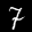
Label: 7